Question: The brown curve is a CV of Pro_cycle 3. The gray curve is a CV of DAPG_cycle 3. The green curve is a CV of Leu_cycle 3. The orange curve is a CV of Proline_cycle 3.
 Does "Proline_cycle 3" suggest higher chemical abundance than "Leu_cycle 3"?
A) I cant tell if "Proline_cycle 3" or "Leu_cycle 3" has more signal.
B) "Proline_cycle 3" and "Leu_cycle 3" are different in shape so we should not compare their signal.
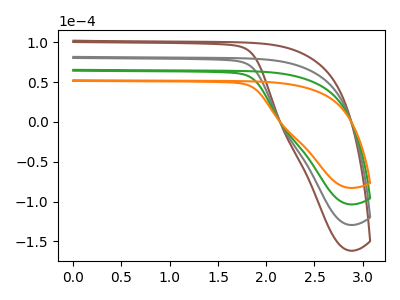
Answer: <think>The brown curve "Pro_cycle 3" has no peaks. The gray curve "DAPG_cycle 3" has no peaks. The green curve "Leu_cycle 3" has no peaks. The orange curve "Proline_cycle 3" has no peaks.
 Neither "Proline_cycle 3" or "Leu_cycle 3" have any peaks.</think>
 <answer>A) I cant tell if "Proline_cycle 3" or "Leu_cycle 3" has more signal.</answer>
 <eval>A</eval>